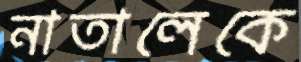
নাতালেকে